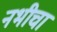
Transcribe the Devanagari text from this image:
नभीचा